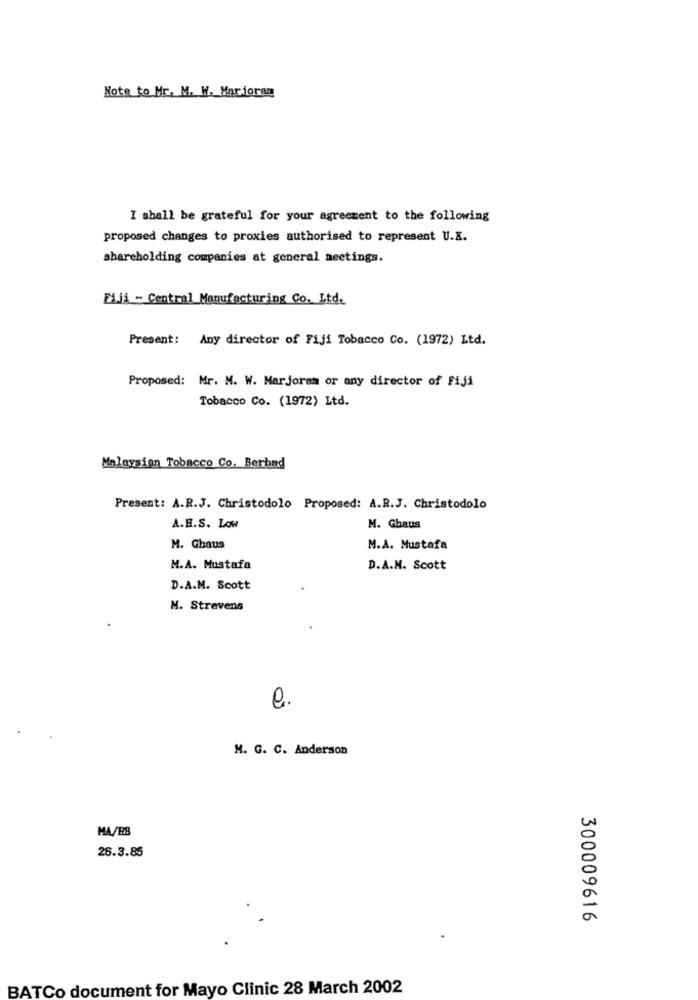
Note to Mr. M. W. Marjoran
I shall be grateful for your agreement to the following
proposed changes to proxies authorised to represent U.K.
shareholding companies at general meetings.
ELji - Central Manufacturing Co. Ltd.
Present: Any director of Fiji Tobacco Co. (1972) Ltd.
Proposed: Mr. M. W. Marjoram or any director of Fiji
Tobacco Co. (1972) Ltd.
Malaysien Tobacco Co. Berbad
Present: A.R.J. Christodolo Proposed: A.R.J. Christodolo
A.B.S. Low
M. Ghaus
M. Ghaus
M.A. Mustafa
M.A. Mustafa
D.A.M. Scott
D.A.M. Scott
M. Strevens
e.
M. G. C. Anderson
MA/RB
26.3.85
300009616
BATCo document for Mayo Clinic 28 March 2002